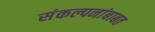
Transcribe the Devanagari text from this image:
संकल्पनांबाबत